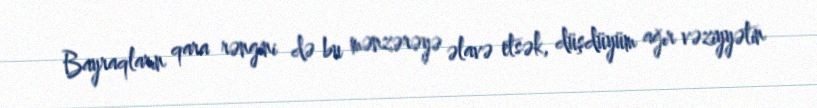
Bayraqların qara rəngini də bu mənzərəyə əlavə etsək, düşdüyüm ağır vəziyyətin